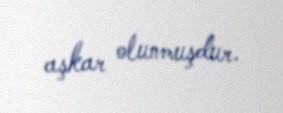
aşkar olunmuşdur.